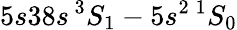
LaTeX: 5s38s\, ^{3}S_{1}-5s^{2}\, ^{1}S_{0}